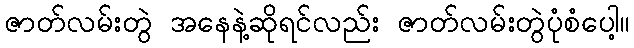
ဇာတ်လမ်းတွဲ အနေနဲ့ဆိုရင်လည်း ဇာတ်လမ်းတွဲပုံစံပေါ့။